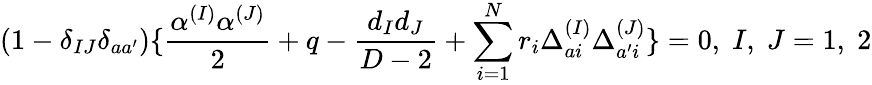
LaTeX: (1-\delta_{IJ}\delta_{aa^{\prime}})\{ {\frac{\alpha^{(I)}\alpha^{(J)}}{2}}+q-{\frac{d_{I}d_{J}}{D-2}}+\sum_{i=1}^{N}r_{i}\Delta_{ai}^{(I)}\Delta_{a^{\prime}i}^{(J)}\} =0,\; I,\; J=1,\; 2